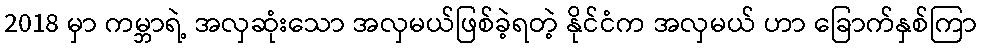
2018 မှာ ကမ္ဘာရဲ့ အလှဆုံးသော အလှမယ်ဖြစ်ခဲ့ရတဲ့ နိုင်ငံက အလှမယ် ဟာ ခြောက်နှစ်ကြာ